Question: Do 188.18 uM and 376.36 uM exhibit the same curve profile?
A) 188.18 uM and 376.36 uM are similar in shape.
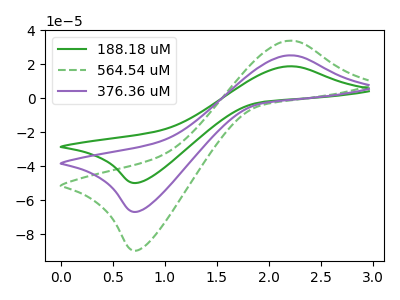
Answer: <think>The green curve "188.18 uM" has an anodic peak at (2.20V, 18.85uA) and a cathodic peak at (0.75V, -49.85uA). The green dashed curve "564.54 uM" has an anodic peak at (2.20V, 50.60uA) and a cathodic peak at (0.75V, -133.70uA). The purple curve "376.36 uM" has an anodic peak at (2.20V, 25.30uA) and a cathodic peak at (0.75V, -66.85uA).
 All the peaks in "188.18 uM" have a peak in "376.36 uM" at the same potential. Every peak in "188.18 uM" is lower than every peak in "376.36 uM".</think>
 <answer>A) "188.18 uM" and "376.36 uM" are similar in shape.</answer>
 <eval>A</eval>